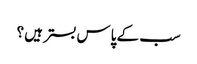
سب کے پاس بستر ہیں ؟